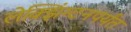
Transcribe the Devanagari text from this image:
लेक्झिंग्टनपर्यंत